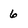
Character: 6